Civil Veterinary Department. Madras. Admin. report 1926-33 - 1926-1933
Year: 1926
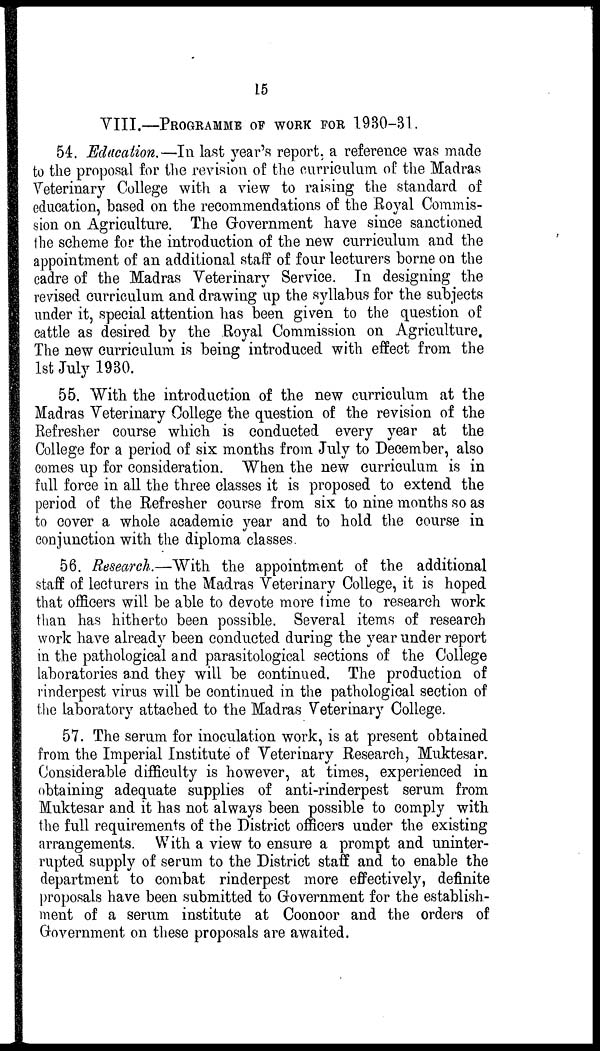
15
VIII.—PROGRAMME OF WORK FOR 1930-31.
54. Education.—In last year's report, a reference was made
to the proposal for the revision of the curriculum of the Madras
Veterinary College with a view to raising the standard of
education, based on the recommendations of the Royal Commis-
sion on Agriculture. The Government have since sanctioned
the scheme for the introduction of the new curriculum and the
appointment of an additional staff of four lecturers borne on the
cadre of the Madras Veterinary Service. In designing the
revised curriculum and drawing up the syllabus for the subjects
under it, special attention has been given to the question of
cattle as desired by the Royal Commission on Agriculture.
The new curriculum is being introduced with effect from the
1st July 1930.
55. With the introduction of the new curriculum at the
Madras Veterinary College the question of the revision of the
Refresher course which is conducted every year at the
College for a period of six months from July to December, also
comes up for consideration. When the new curriculum is in
full force in all the three classes it is proposed to extend the
period of the Refresher course from six to nine months so as
to cover a whole academic year and to hold the course in
conjunction with the diploma classes.
56. Research.—With the appointment of the additional
staff of lecturers in the Madras Veterinary College, it is hoped
that officers will be able to devote more time to research work
than has hitherto been possible. Several items of research
work have already been conducted during the year under report
in the pathological and parasitological sections of the College
laboratories and they will be continued. The production of
rinderpest virus will be continued in the pathological section of
the laboratory attached to the Madras Veterinary College.
57. The serum for inoculation work, is at present obtained
from the Imperial Institute of Veterinary Research, Muktesar.
Considerable difficulty is however, at times, experienced in
obtaining adequate supplies of anti-rinderpest serum from
Muktesar and it has not always been possible to comply with
the full requirements of the District officers under the existing
arrangements. With a view to ensure a prompt and uninter-
rupted supply of serum to the District staff and to enable the
department to combat rinderpest more effectively, definite
proposals have been submitted to Government for the establish-
ment of a serum institute at Coonoor and the orders of
Government on these proposals are awaited.